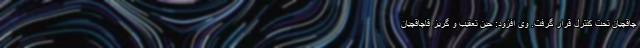
چاقچیان تحت کنترل قرار گرفت. وی افزود: حین تعقیب و گریز قاچاقچیان